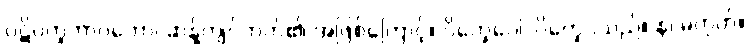
ပဋိပက္ခဘာဝတော၊ ဆန့်ကျင်ဘက်၏ အဖြစ်ကြောင့်။ ဝိက္ခေပေါ၊ ဝိက္ခေပသည်။ န၊ မဟုတ်။